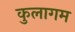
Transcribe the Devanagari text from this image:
कुलागम